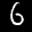
Label: 6